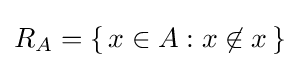
R_{A}=\left\{\,x\in A:x\not \in x\,\right\}